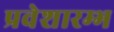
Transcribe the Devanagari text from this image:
प्रवेशारम्भ